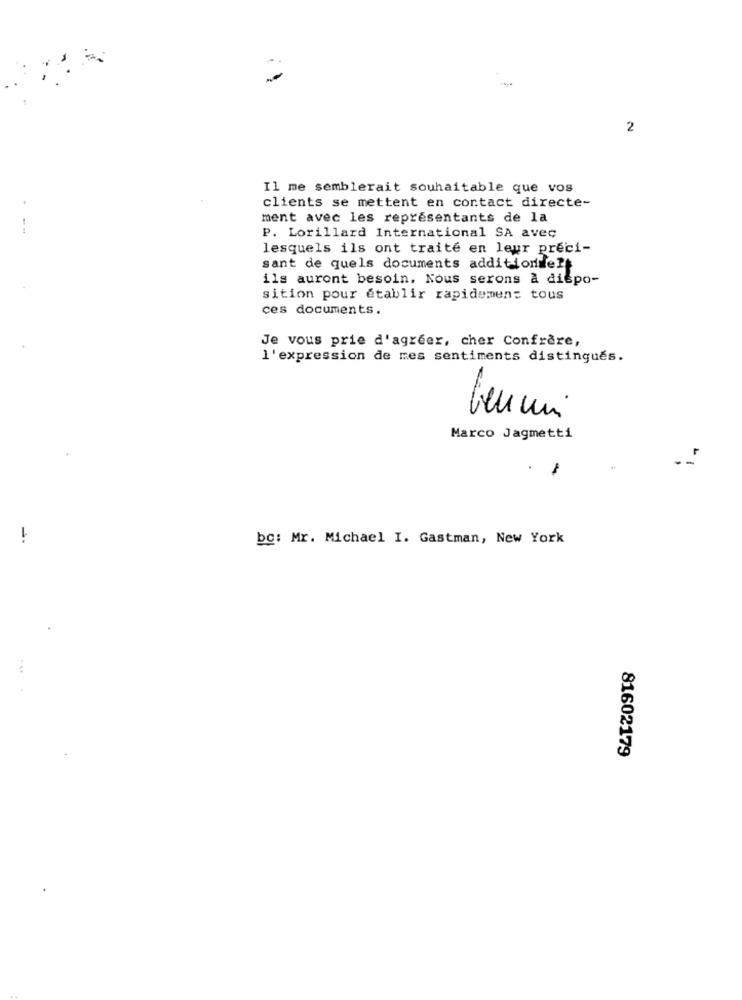
2
Il me semblerait souhaitable que vos
clients se mettent en contact directe-
ment avec les représentants de la
- --
P. Lorillard International SA avec
lesquels ils ont traité en leur preci-
sant de quels documents additionnels
ils auront besoin. Nous serons a diepo-
sition pour établir rapidement tous
ces documents.
Je vous prie d'agréer, cher Confrere,
l'expression de mes sentiments distingués.
Marco Jagmetti
1
bc: Mr. Michael I. Gastman, New York
81602179